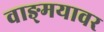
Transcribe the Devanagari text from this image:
वाङ्‍मयावर